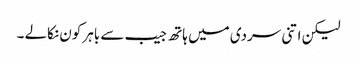
لیکن اتنی سردی میں ہاتھ جیب سے باہر کون نکالے ۔